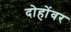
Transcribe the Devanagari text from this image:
दोहोंवर